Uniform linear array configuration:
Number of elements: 32
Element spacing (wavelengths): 1
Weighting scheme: binomial
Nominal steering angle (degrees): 60
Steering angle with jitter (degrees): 60.227
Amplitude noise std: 0.05
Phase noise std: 0.05

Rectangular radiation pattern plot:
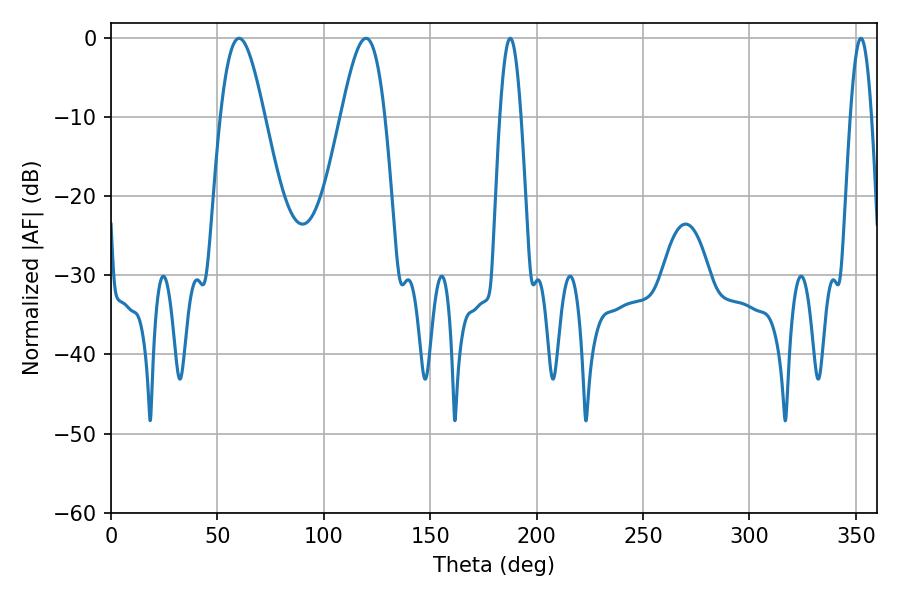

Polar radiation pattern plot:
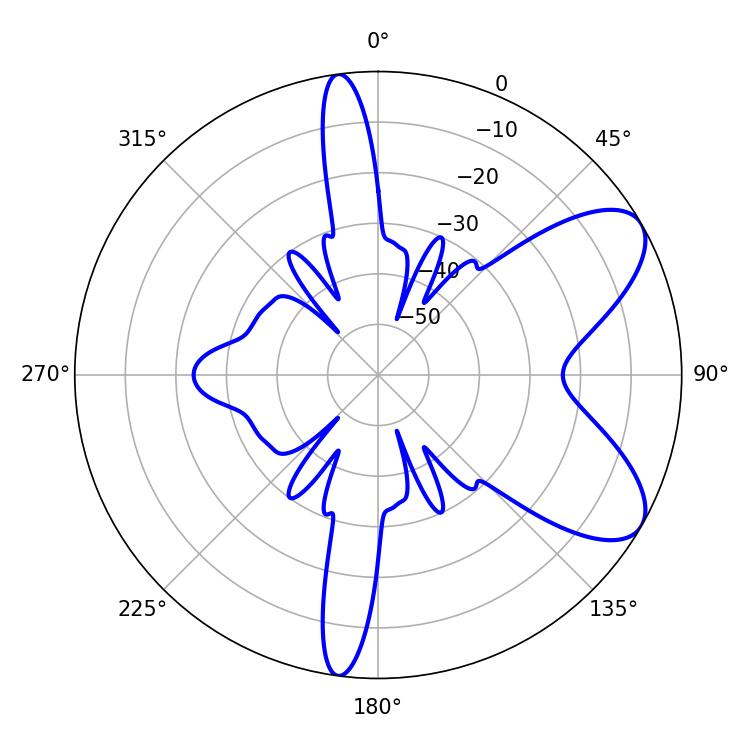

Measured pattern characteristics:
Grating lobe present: TRUE
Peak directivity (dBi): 7.641
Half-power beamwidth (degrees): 11.16
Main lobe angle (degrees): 119.88